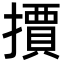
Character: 𭢤